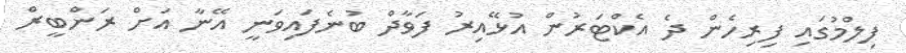
ފިލްމުގައި ފިރިހެން ދެ އެކްޓަރުން އުޅޭއިރު ފަވާދް ބުނެފައިވަނީ އޭނާ އަށް ރަންބީރް